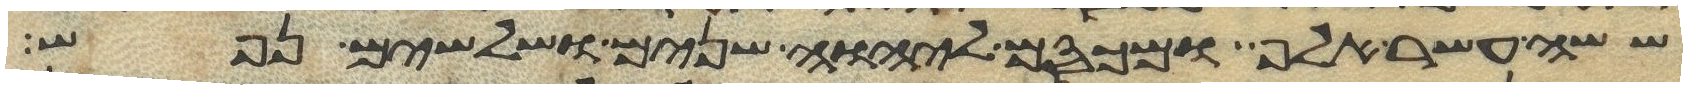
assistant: ששה עשר אלף ומכסם ליהוה שנים ושלשים נפש